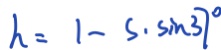
h = 1 - s \cdot \sin 3 7 ^ { 2 }